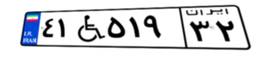
۷۸W۴۵۱۱۴